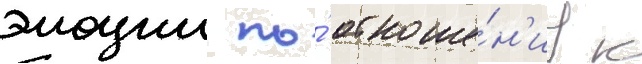
эмоции по́ отноше́н'иу к